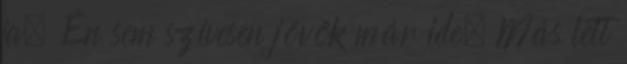
ja. Én sem szívesen jövök már ide. Más lett